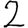
Digit: 2